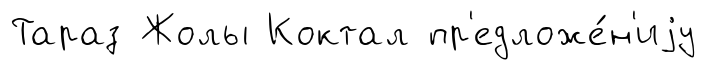
Тараз Жолы Коктал пр'едложе́н'иjу